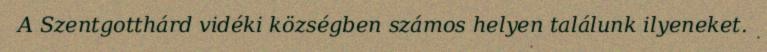
A Szentgotthárd vidéki községben számos helyen találunk ilyeneket.